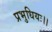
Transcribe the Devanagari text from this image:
प्रभुधियः।।